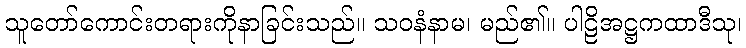
သူတော်ကောင်းတရားကိုနာခြင်းသည်။ သဝနံနာမ၊ မည်၏။ ပါဠိအဋ္ဌကထာဒီသု၊